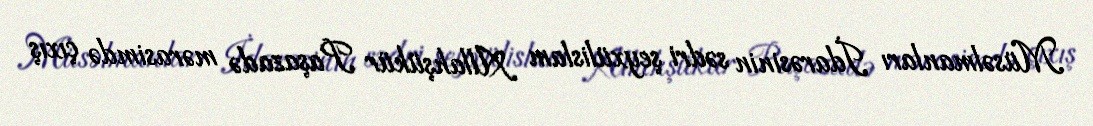
Müsəlmanları İdarəsinin sədri şeyxülislam Allahşükür Paşazadə mərasimdə çıxış